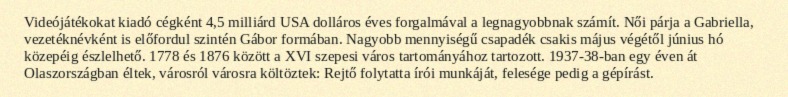
Videójátékokat kiadó cégként 4,5 milliárd USA dolláros éves forgalmával a legnagyobbnak számít. Női párja a Gabriella, vezetéknévként is előfordul szintén Gábor formában. Nagyobb mennyiségű csapadék csakis május végétől június hó közepéig észlelhető. 1778 és 1876 között a XVI szepesi város tartományához tartozott. 1937-38-ban egy éven át Olaszországban éltek, városról városra költöztek: Rejtő folytatta írói munkáját, felesége pedig a gépírást.